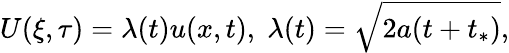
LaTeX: U(\xi,\tau)=\lambda(t)u(x,t),\; \lambda(t)=\sqrt{2a(t+t_{*})},